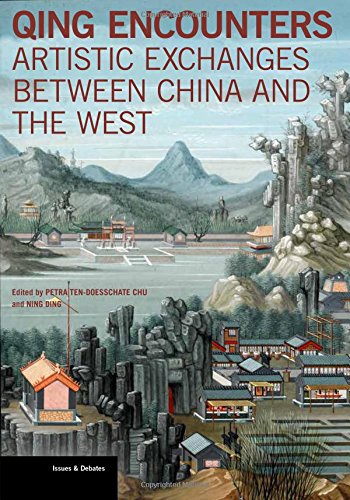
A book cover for Qing Encounters: Artistic Exchanges between China and the West (Issues & Debates); History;